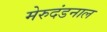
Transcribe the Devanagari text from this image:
मेरुदंडनाल